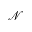
\mathcal { N }